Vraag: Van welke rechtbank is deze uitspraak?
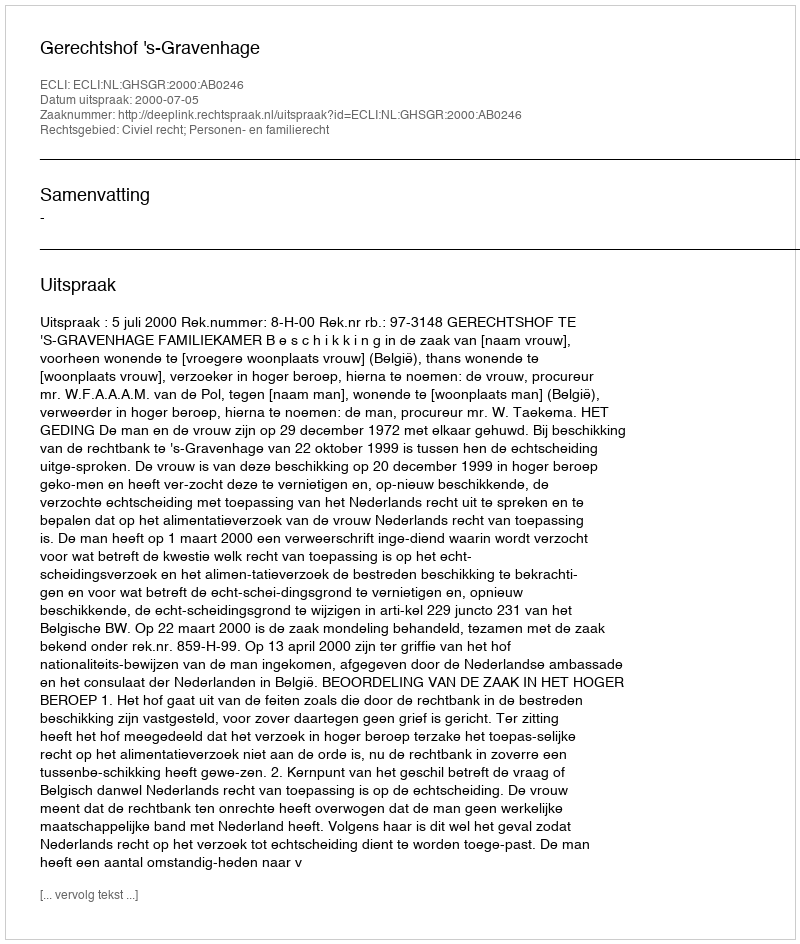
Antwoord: Gerechtshof 's-Gravenhage